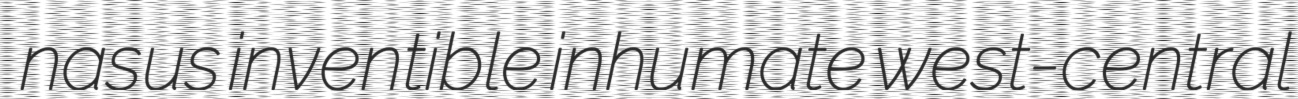
nasus inventible inhumate west-central